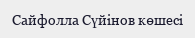
Сайфолла Сүйінов көшесі